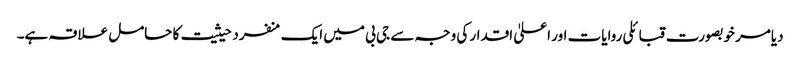
دیامر خوبصورت قبائلی روایات اور اعلیٰ اقدار کی وجہ سے جی بی میں ایک منفرد حیثیت کا حامل علاقہ ہے۔